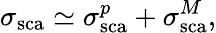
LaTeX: \sigma_{\mathrm{sca}}\simeq\sigma_{\mathrm{sca}}^{p}+\sigma_{\mathrm{sca}}^{M},